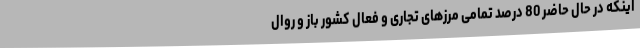
اینکه در حال حاضر 80 درصد تمامی مرزهای تجاری و فعال کشور باز و روال